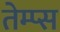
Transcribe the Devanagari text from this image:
तेम्प्स